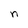
Character: n